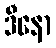
ဒီနော